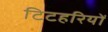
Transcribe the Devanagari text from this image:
टिटहरियों